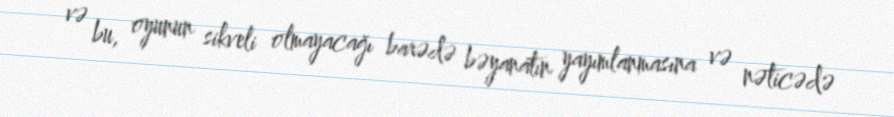
və bu, oyunun sikveli olmayacağı barədə bəyanatın yayımlanmasına və nəticədə